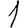
Digit: 1